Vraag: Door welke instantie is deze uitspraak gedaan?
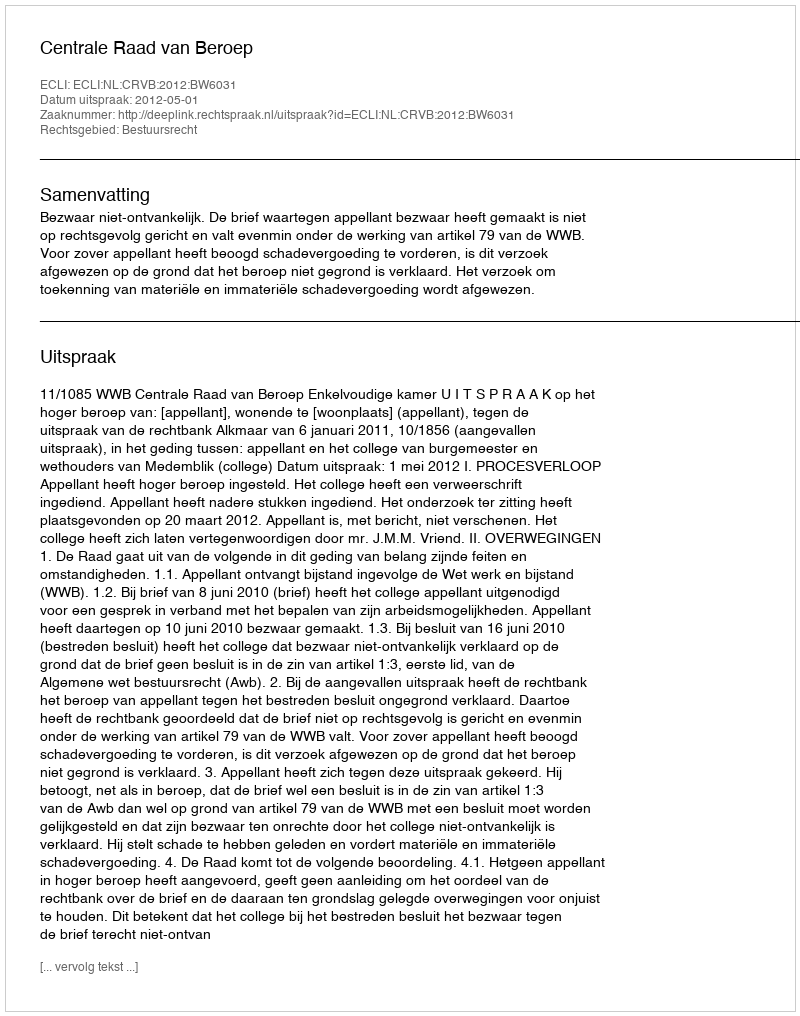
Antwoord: Centrale Raad van Beroep